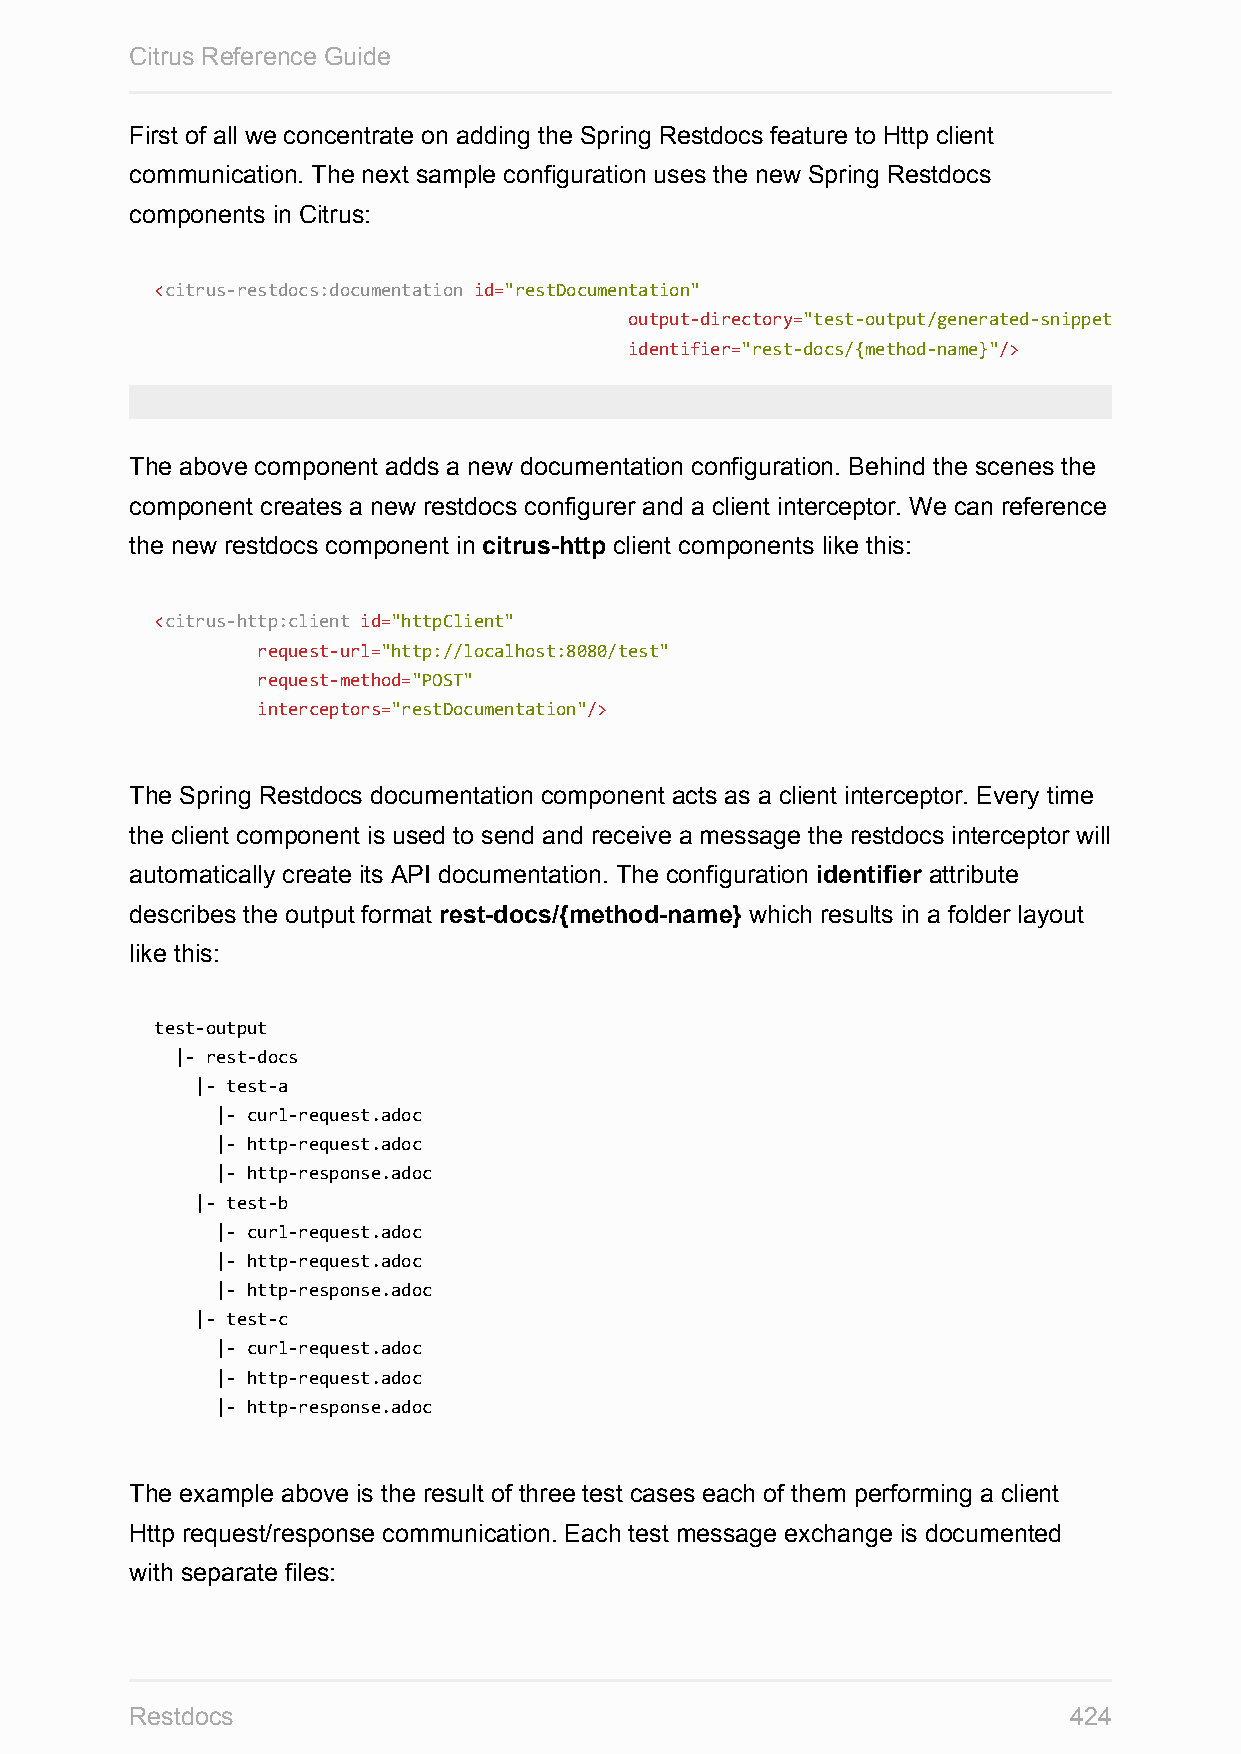
Citrus Reference Guide
 First of all we concentrate on adding the Spring Restdocs feature to Http client
 communication. The next sample configuration uses the new Spring Restdocs
 components in Citrus:
 <citrus-restdocs:documentation id="restDocumentation"
 output-directory="test-output/generated-snippets"
 identifier="rest-docs/{method-name}"/>
 The above component adds a new documentation configuration. Behind the scenes the
 component creates a new restdocs configurer and a client interceptor. We can reference
 the new restdocs component in citrus-http client components like this:
 <citrus-http:client id="httpClient"
 request-url="http://localhost:8080/test"
 request-method="POST"
 interceptors="restDocumentation"/>
 The Spring Restdocs documentation component acts as a client interceptor. Every time
 the client component is used to send and receive a message the restdocs interceptor will
 automatically create its API documentation. The configuration identifier attribute
 describes the output format rest-docs/{method-name} which results in a folder layout
 like this:
 test-output
 |- rest-docs
 |- test-a
 |- curl-request.adoc
 |- http-request.adoc
 |- http-response.adoc
 |- test-b
 |- curl-request.adoc
 |- http-request.adoc
 |- http-response.adoc
 |- test-c
 |- curl-request.adoc
 |- http-request.adoc
 |- http-response.adoc
 The example above is the result of three test cases each of them performing a client
 Http request/response communication. Each test message exchange is documented
 with separate files:
 Restdocs                                                      424